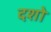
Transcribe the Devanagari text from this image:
दशो